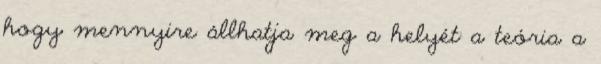
hogy mennyire állhatja meg a helyét a teória a